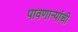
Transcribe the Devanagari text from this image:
पावणाऱ्यांची